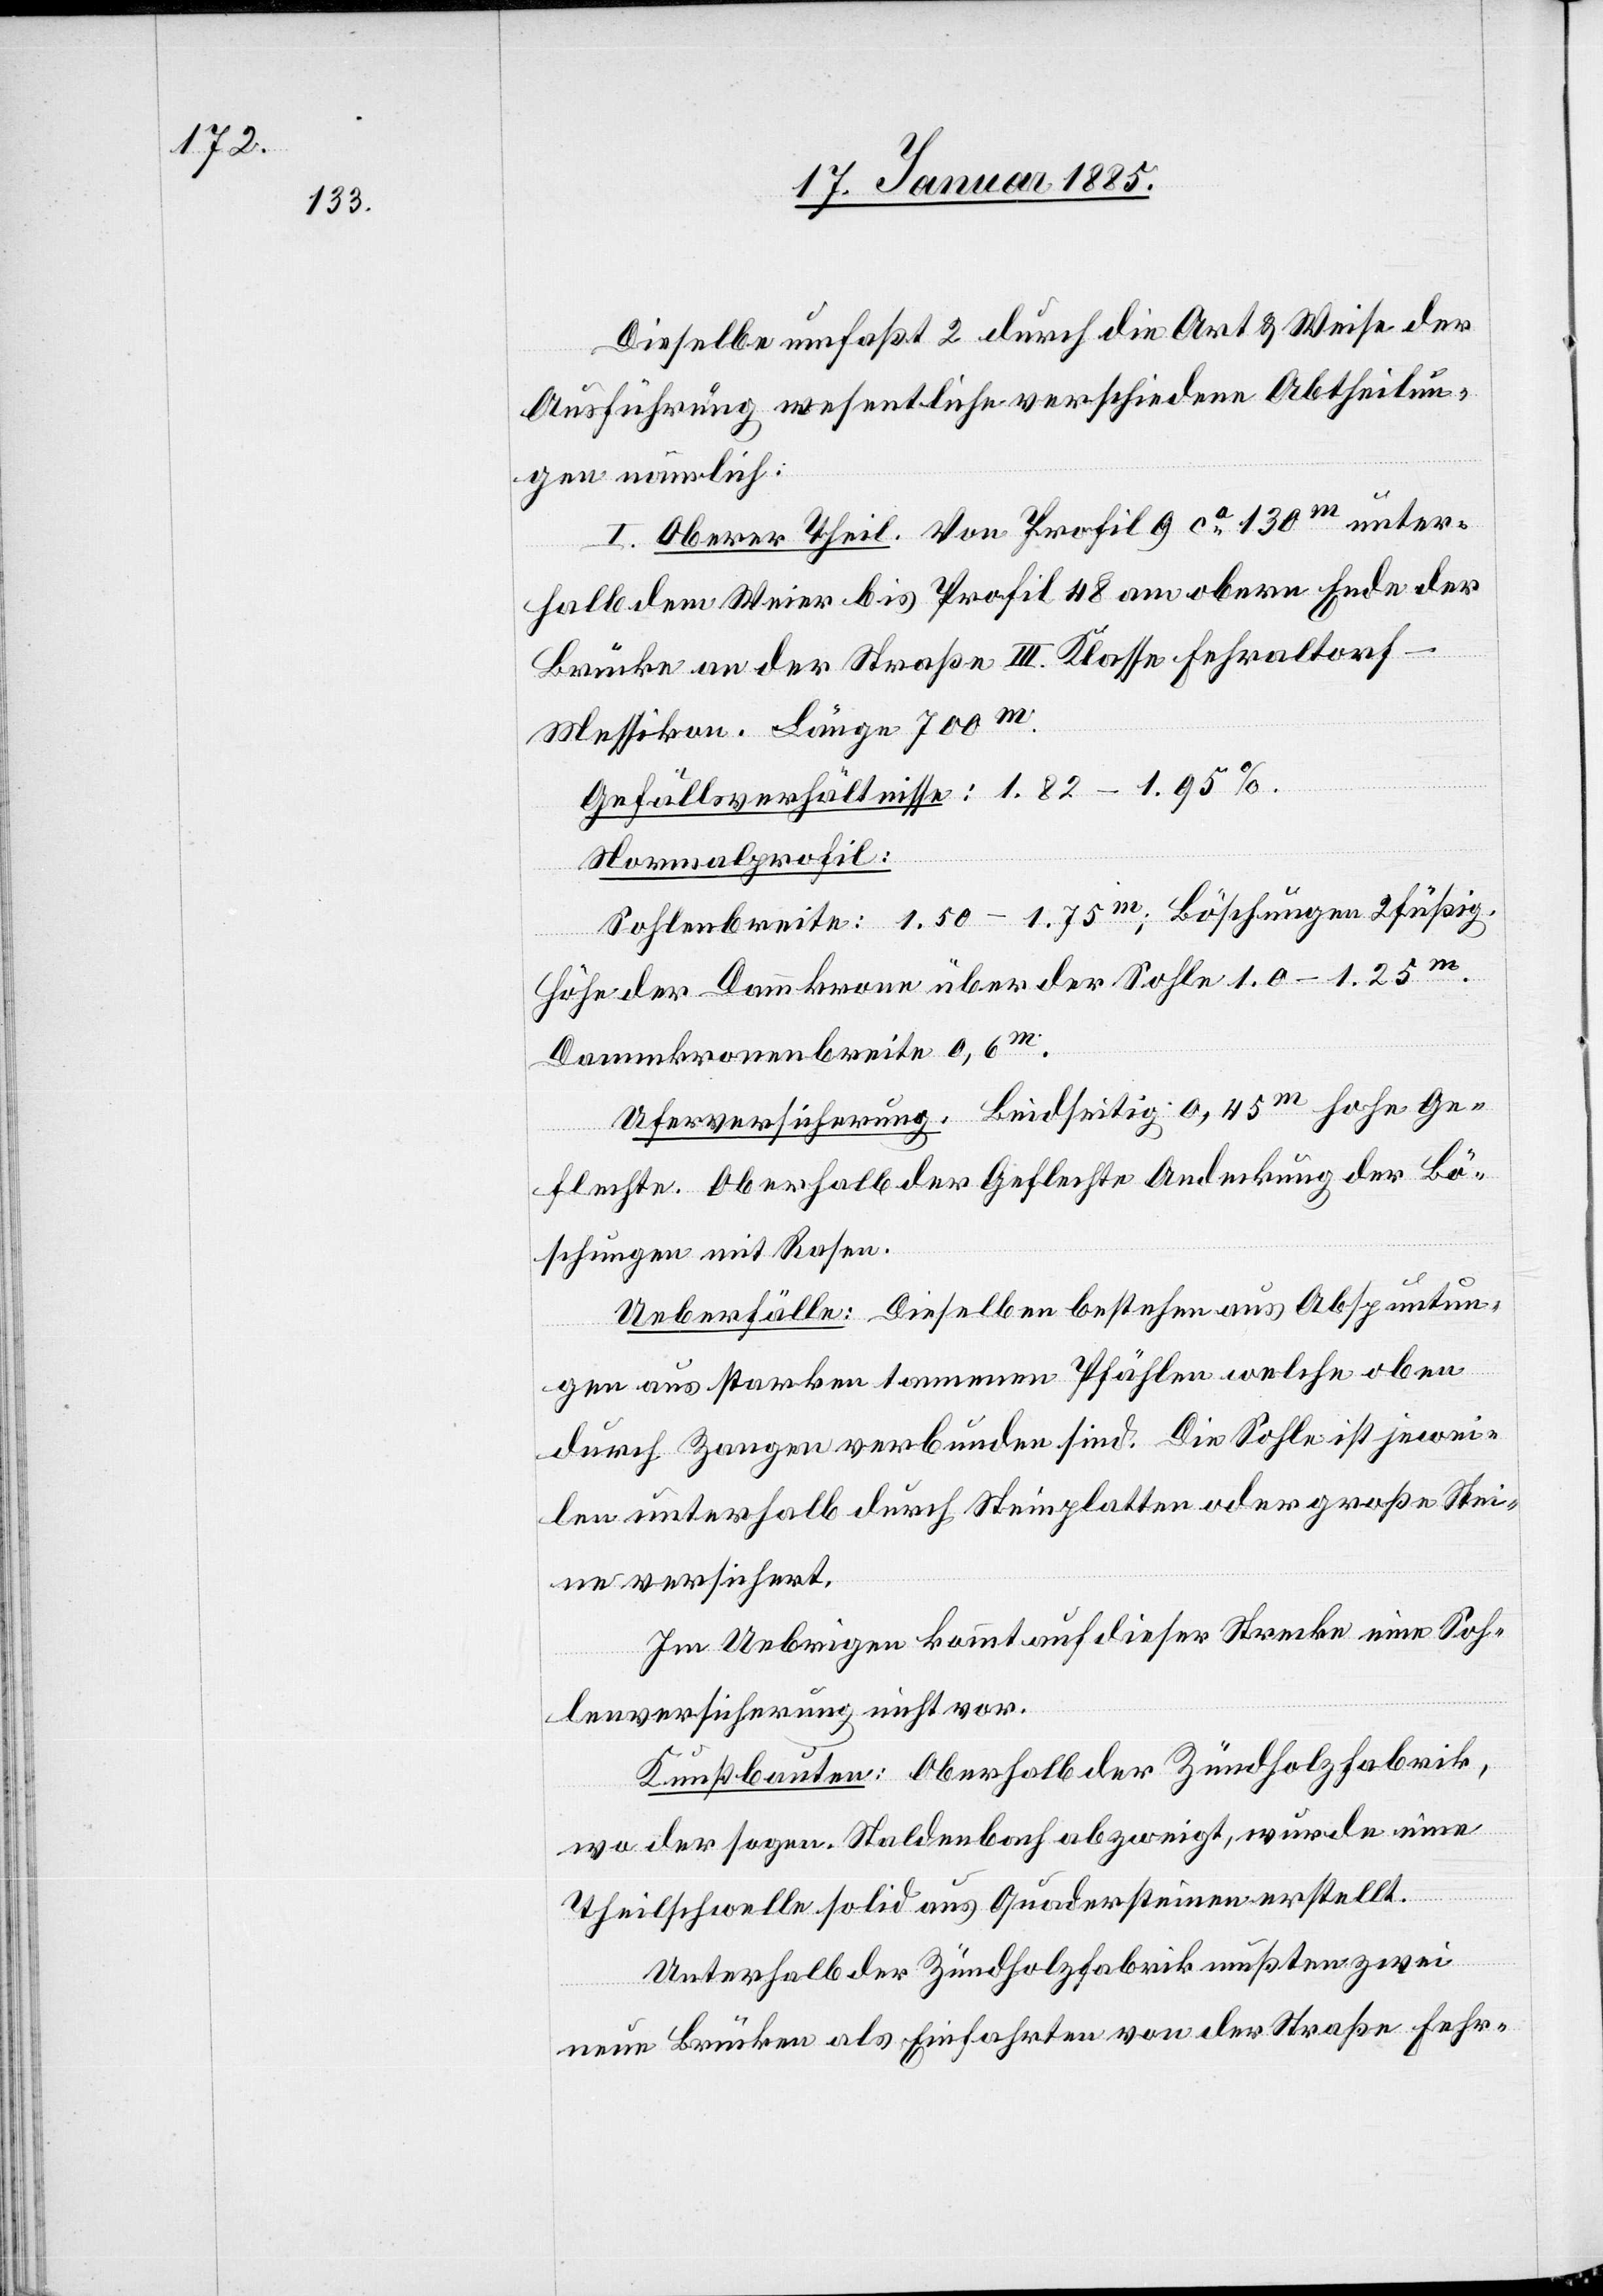
Dieselbe umfaßt 2 durch die Art & Weise der
Ausführung wesentliche verschiedene Abtheilun¬
gen nämlich:
I. Oberer Theil. Von Profil 9 ca 130 m unter¬
halb dem Weier bis Profil 48 am obern Ende der
Brücke an der Straße III. Klasse Fehraltor¬
f–Messikon. Länge 700 m.
Gefällsverhältnisse: 1.82–1.95%.
Normalprofil:
Sohlenbreite: 1,50–1,75 m; Böschungen 2füßig.
m.
Höhe der Dammkrone über der Sohle 1.0–1.25 m.
Dammkronenbreite 0,6
Uferversicherung: Beidseitig 0,45 m hohe Ge¬
flechte. Oberhalb der Geflechte Andeckung der Bö¬
schungen mit Rasen.
Ueberfälle: Dieselben bestehen aus Abspuntun¬
gen aus starken tannenen Pfählen welche oben
durch Zangen verbunden sind. Die Sohle ist jewei¬
len unterhalb durch Steinplatten oder große Stei¬
ne versichert.
Im Uebrigen kommt auf dieser Strecke eine Soh¬
lenversicherung nicht vor.
Kunstbauten: Oberhalb Zündholzfabrik,
wo der sogen. Staldenbach abzweigt, wurde eine
Theilschwelle solid aus Quadersteinen erstellt.
Unterhalb der Zündholzfabrik mußten zwei
neue Brücken als Einfahrten von der Straße Fehr-